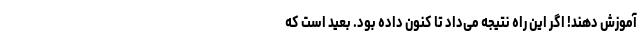
آموزش دهند! اگر این راه نتیجه می‌داد تا کنون داده بود. بعید است که